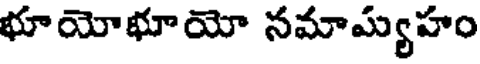
భూయోభూయో నమామ్యహం